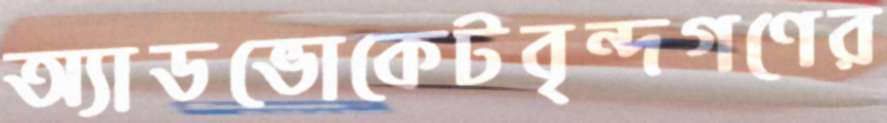
অ্যাডভোকেটবৃন্দগণের